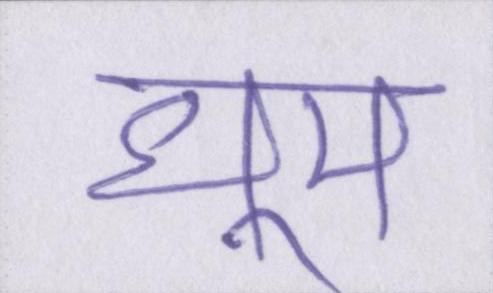
धूम